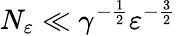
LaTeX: N_{\varepsilon}\ll\gamma^{-\frac 12}\varepsilon^{-\frac 32}